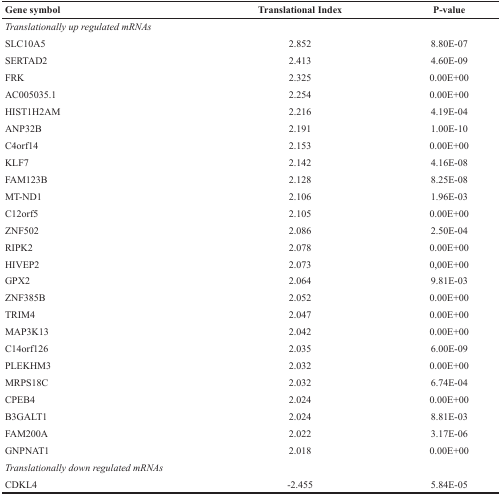
| Gene symbol | Translational Index | P-value |
 | --- | --- | --- |
 | <COLSPAN=3> Translationally up regulated mRNAs |
 | SLC10A5 | 2.852 | 8.80E-07 |
 | SERTAD2 | 2.413 | 4.60E-09 |
 | FRK | 2.325 | 0.00E+00 |
 | AC005035.1 | 2.254 | 0.00E+00 |
 | HIST1H2AM | 2.216 | 4.19E-04 |
 | ANP32B | 2.191 | 1.00E-10 |
 | C4orf14 | 2.153 | 0.00E+00 |
 | KLF7 | 2.142 | 4.16E-08 |
 | FAM123B | 2.128 | 8.25E-08 |
 | MT-ND1 | 2.106 | 1.96E-03 |
 | C12orf5 | 2.105 | 0.00E+00 |
 | ZNF502 | 2.086 | 2.50E-04 |
 | RIPK2 | 2.078 | 0.00E+00 |
 | HIVEP2 | 2.073 | 0,00E+00 |
 | GPX2 | 2.064 | 9.81E-03 |
 | ZNF385B | 2.052 | 0.00E+00 |
 | TRIM4 | 2.047 | 0.00E+00 |
 | MAP3K13 | 2.042 | 0.00E+00 |
 | C14orf126 | 2.035 | 6.00E-09 |
 | PLEKHM3 | 2.032 | 0.00E+00 |
 | MRPS18C | 2.032 | 6.74E-04 |
 | CPEB4 | 2.024 | 0.00E+00 |
 | B3GALT1 | 2.024 | 8.81E-03 |
 | FAM200A | 2.022 | 3.17E-06 |
 | GNPNAT1 | 2.018 | 0.00E+00 |
 | <COLSPAN=3> Translationally down regulated mRNAs |
 | CDKL4 | −2.455 | 5.84E-05 |